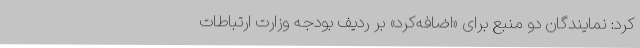
کرد: نمایندگان دو منبع برای «اضافه‌کرد» بر ردیف بودجه وزارت ارتباطات